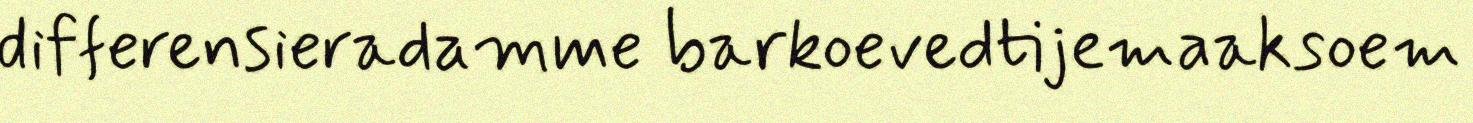
differensieradamme barkoevedtijemaaksoem